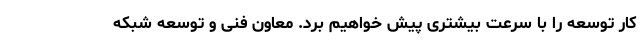
کار توسعه را با سرعت بیشتری پیش خواهیم برد. معاون فنی و توسعه شبکه